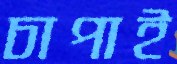
চাপাই